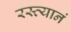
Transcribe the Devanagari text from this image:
रस्त्यानं